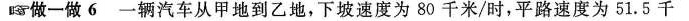
做一做6一辆汽车从甲地到乙地，下坡速度为80千米/时，平路速度为51.5千